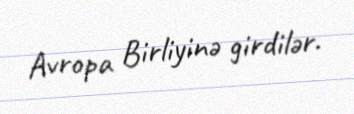
Avropa Birliyinə girdilər.